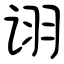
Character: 诩